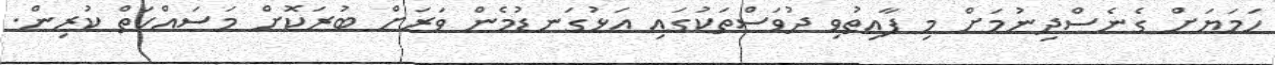
ހަމަޔަށް ގެނެސްދިނުމަށް މި ފާއިތުވި ދުވަސްތަކުގައި އަޅުގަނޑުމެން ވަރަށް ބުރަކޮށް މަސައްކަތް ކުރިން.